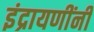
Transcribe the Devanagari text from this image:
इंद्रायणींनी